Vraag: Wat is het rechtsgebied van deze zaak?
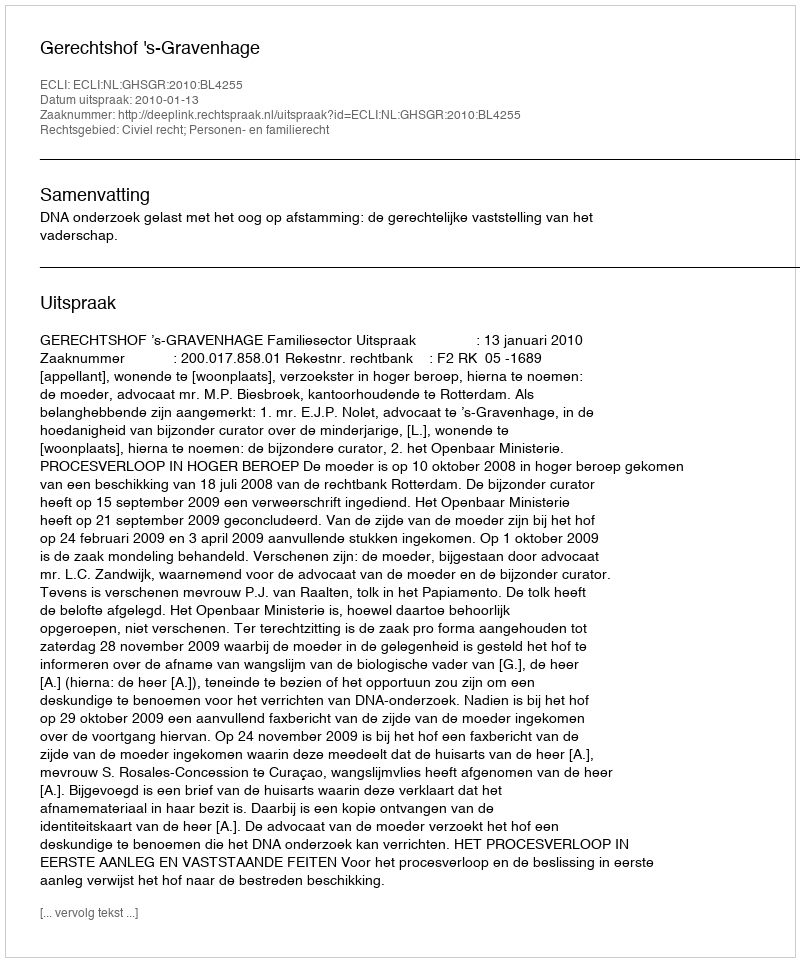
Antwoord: Civiel recht; Personen- en familierecht